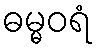
ဓမ္မဝရံ